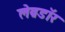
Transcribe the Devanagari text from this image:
लेब्रडॉर